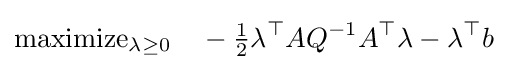
{\text{maximize}}_{\lambda \geq 0}\quad -{\tfrac {1}{2}}\lambda ^{\top }AQ^{-1}A^{\top }\lambda -\lambda ^{\top }b